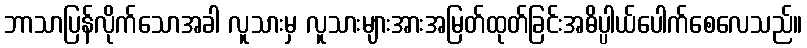
ဘာသာပြန်လိုက်သောအခါ လူသားမှ လူသားများအားအမြတ်ထုတ်ခြင်းအဓိပ္ပါယ်ပေါက်စေလေသည်။